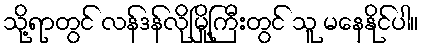
သို့ရာတွင် လန်ဒန်လိုမြို့ကြီးတွင် သူ မနေနိုင်ပါ။